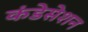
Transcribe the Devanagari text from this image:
कंडेसेशन